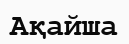
Ақайша